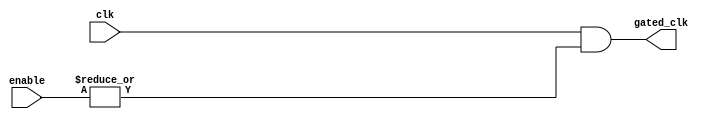
module clock_gating (
    input wire clk,             // Main clock input
    input wire [N-1:0] enable,  // Enable signals (N is the number of enable signals)
    output wire gated_clk       // Gated clock output
);
    parameter N = 2; // Number of enable signals, adjust as needed

    // OR gate to combine the enable signals
    wire enable_combined;

    // Generate the combined enable signal using OR gates
    assign enable_combined = |enable; // Bitwise OR of all enable signals

    // Gated clock logic
    assign gated_clk = clk & enable_combined; // Gated clock output

endmodule